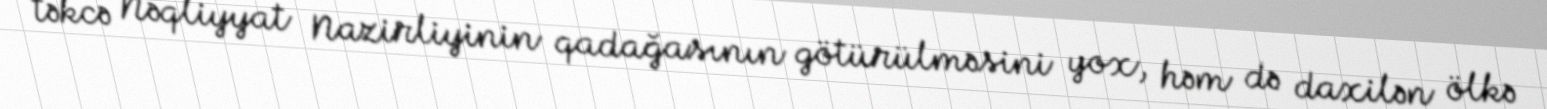
təkcə Nəqliyyat Nazirliyinin qadağasının götürülməsini yox, həm də daxilən ölkə